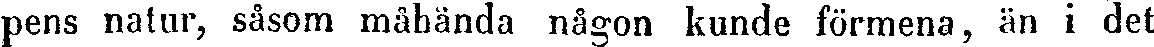
pens natur, såsom måhända någon kunde förmena, än i det